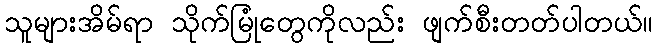
သူများအိမ်ရာ သိုက်မြုံတွေကိုလည်း ဖျက်စီးတတ်ပါတယ်။